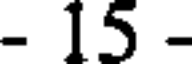
- 15 -